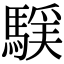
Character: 𩤻